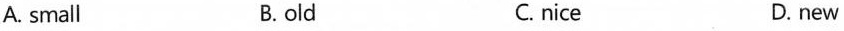
A. small B. old C. nice D. new